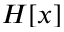
H [ x ]